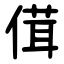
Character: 傇